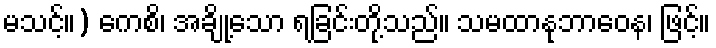
မသင့်။) ကေစိ၊ အချို့သော ရခြင်းတို့သည်။ သမထာနုဘာဝေန၊ ဖြင့်။